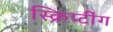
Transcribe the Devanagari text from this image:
स्क्रिप्टींग